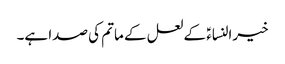
خیرالنساءؑ کے لعل کے ماتم کی صدا ہے۔